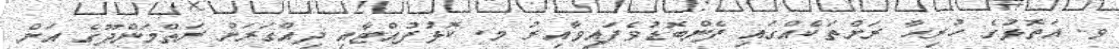
ވ. އަތޮޅުގެ ހުރިހާ ރަށްތަކެއްގައި ފެންބޮޑުވެފައިވާއިރު މ. ކޮޅުފުއްޓާއި ދިއްގަރަށް ރަތްމަންދޫގެ އަށް